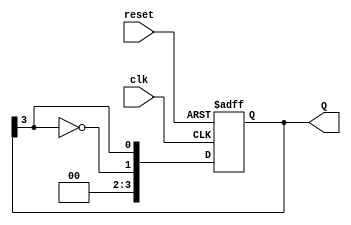
module Johnson_Counter #(parameter n = 4) (
    input wire clk,          // Clock input
    input wire reset,        // Asynchronous reset input
    output reg [n-1:0] Q     // Output of the counter
);

// Internal register for the Johnson counter
reg [n-1:0] flip_flops;

always @(posedge clk or posedge reset) begin
    if (reset) begin
        flip_flops <= {n{1'b0}}; // Reset all flip-flops to 0
    end else begin
        // Shift the current state and invert the last flip-flop for the first
        flip_flops <= {~flip_flops[n-1], flip_flops[n-1:n-1]}; 
    end
end

// Assign the output to the internal flip-flops
always @(flip_flops) begin
    Q <= flip_flops;
end

endmodule